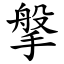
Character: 搫